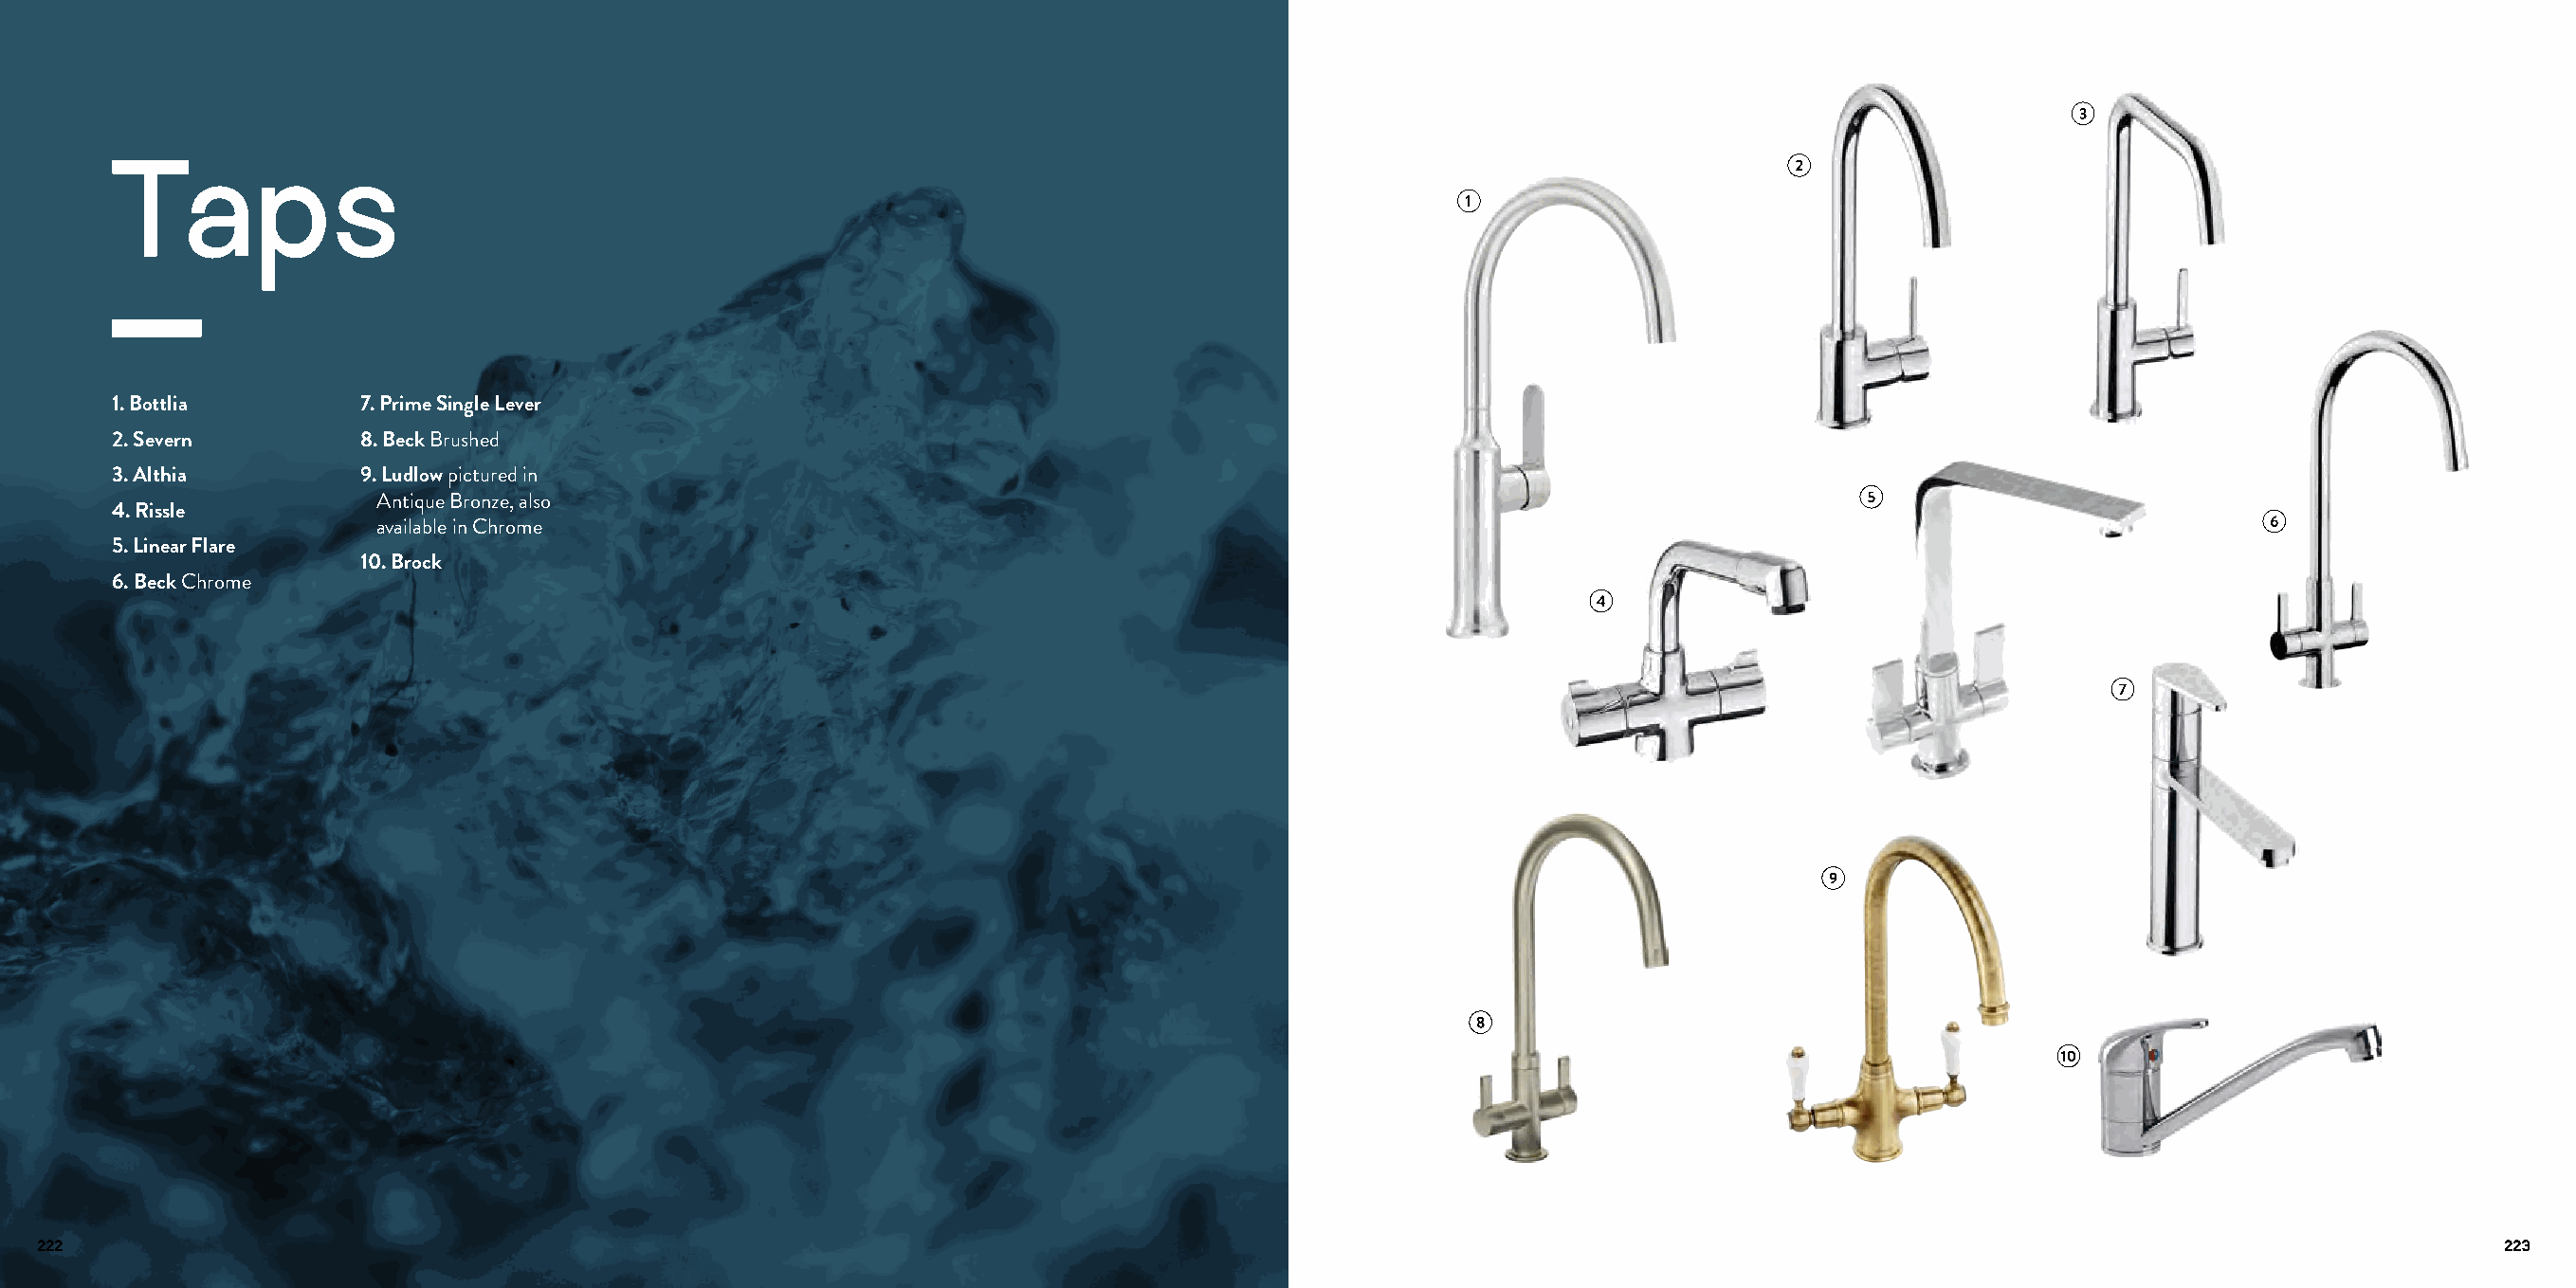
Taps
 1. Bottlia       7. Prime Single Lever
 2. Severn        8. Beck Brushed
 3. Althia        9. Ludlow pictured in
 Antique Bronze, also
 4. Rissle
 available in Chrome
 5. Linear Flare
 10. Brock
 6. Beck Chrome
 222                                                                                                                                                                         223